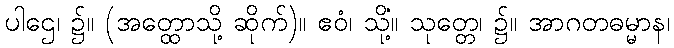
ပါဌေ၊ ၌။ (အတ္ထောသို့ ဆိုက်)။ ဧဝံ၊ သို့။ သုတ္တေ၊ ၌။ အာဂတဓမ္မာနံ၊